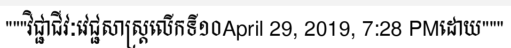
"""វិជ្ជាជីវៈវេជ្ជសាស្ត្រលើកទី១០April 29, 2019, 7:28 PMដោយ"""